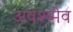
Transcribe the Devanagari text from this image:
अवश्य्मेव